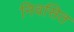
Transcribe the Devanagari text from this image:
निवसित